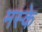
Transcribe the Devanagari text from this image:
मस्के